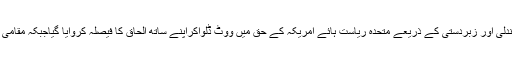
اس پارٹی کے مطابق 1958میں ہونے والے ریفرنڈم میں دحاندلی اور زبردستی کے ذریعے متحدہ ریاست ہائے امریکہ کے حق میں ووٹ ڈلواکراپنے ساتھ الحاق کا فیصلہ کروایا گیاجبکہ مقامی افراد کی اکثریت اس فیصلے کے حق میں قطعاََ بھی نہیں تھی۔